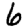
Digit: 6